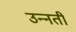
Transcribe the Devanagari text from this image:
उन्‍नती